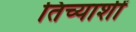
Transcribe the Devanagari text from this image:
तिच्याशीं